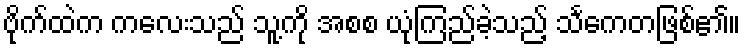
ဗိုက်ထဲက ကလေးသည် သူ့ကို အစစ ယုံကြည်ခဲ့သည့် သင်္ကေတဖြစ်၏။